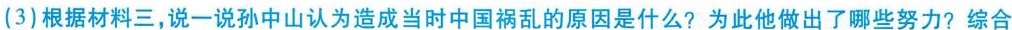
”他”?(3)根据材料三，说一说孙中山认为造成当时中国祸乱的原因是什么?为此他做出了哪些努力?综合